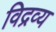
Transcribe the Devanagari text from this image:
विद्रव्य